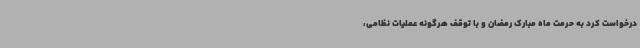
درخواست کرد به حرمت ماه مبارک رمضان و با توقف هرگونه عملیات نظامی،